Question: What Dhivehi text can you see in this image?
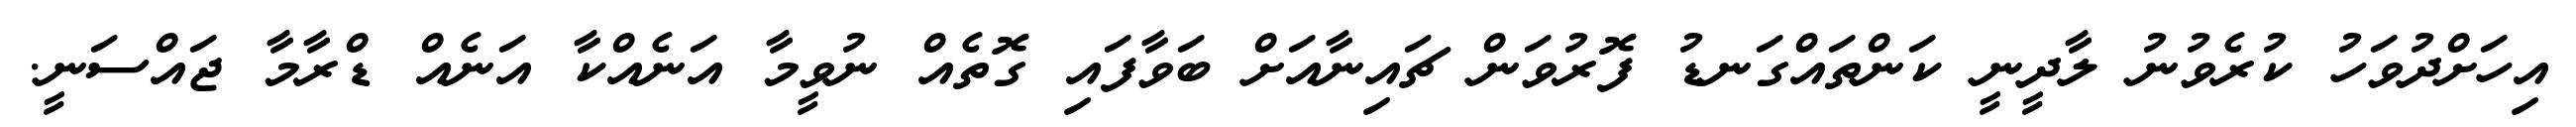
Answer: އިހަށްދުވަހު ކުރެވުނު ލާދީނީ ކަންތައްގަނޑު ފޮރުވަން ޗައިނާއަށް ބަވާފައި ގޮތެއް ނުވީމާ އަނެއްކާ އަނެއް ޑްރާމާ ޖައްސަނީ.